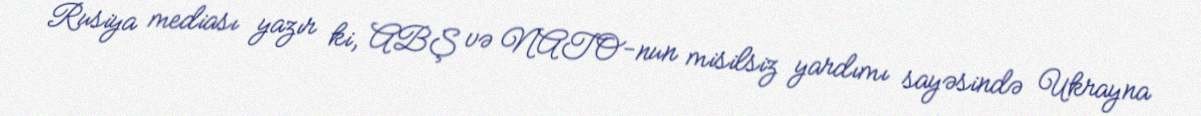
Rusiya mediası yazır ki, ABŞ və NATO-nun misilsiz yardımı sayəsində Ukrayna